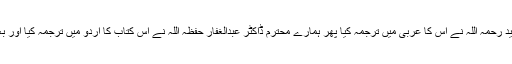
اہمیت کے پیش نظر علامہ ڈاکٹر عبدالرشید شہید رحمہ اللہ نے اس کا عربی میں ترجمہ کیا پھر ہمارے محترم ڈاکٹر عبدالغفار حفظہ اللہ نے اس کتاب کا اردو میں ترجمہ کیا اور بعض قیمتی بحوث بطور مقدمہ تحریر فرمائیں ۔